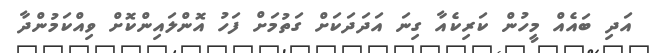
އަދި ބައެއް މީހުން ކަރިކެއާ ގިނަ އަދަދަކަށް ގަތުމަށް ފަހު އޮންލައިންކޮށް ވިއްކަމުންދާ